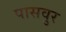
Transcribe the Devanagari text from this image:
पासवुर